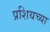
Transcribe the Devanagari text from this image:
प्रशियच्या